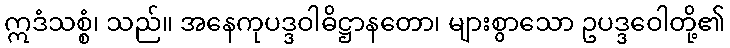
ဣဒံသစ္စံ၊ သည်။ အနေကုပဒ္ဒဝါဓိဋ္ဌာနတော၊ များစွာသော ဥပဒ္ဒဝေါတို့၏